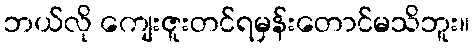
ဘယ်လို ကျေးဇူးတင်ရမှန်းတောင်မသိဘူး။